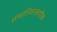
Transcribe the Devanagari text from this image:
सम्मानितअशोक